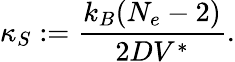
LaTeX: \kappa_{S}:=\frac{k_{B}(N_{e}-2)}{2DV^{\ast}}.